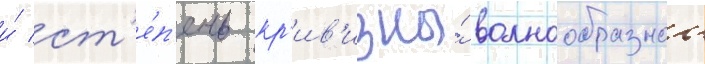
и́ ст'е́п'ень кр'ив'изны́ волнообразнои